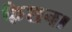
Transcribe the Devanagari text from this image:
फैशन।